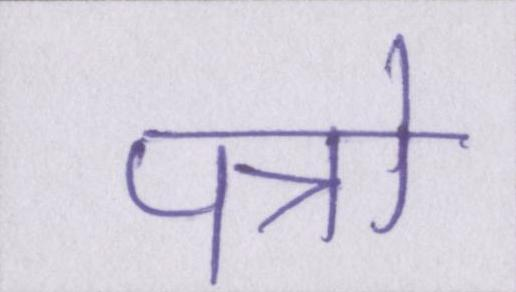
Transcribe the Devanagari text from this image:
पत्रो